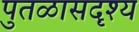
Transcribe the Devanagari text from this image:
पुतळासदृश्य